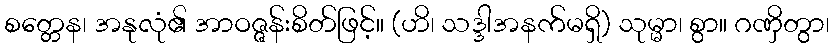
စတ္တေန၊ အနုလုံ၏ အာဝဇ္ဇန်းစိတ်ဖြင့်။ (ဟိ၊ သဒ္ဒါအနက်မရှိ) သုမ္မာ၊ စွာ။ ဂဏှိတွာ၊